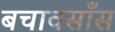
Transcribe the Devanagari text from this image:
बचावसाँस